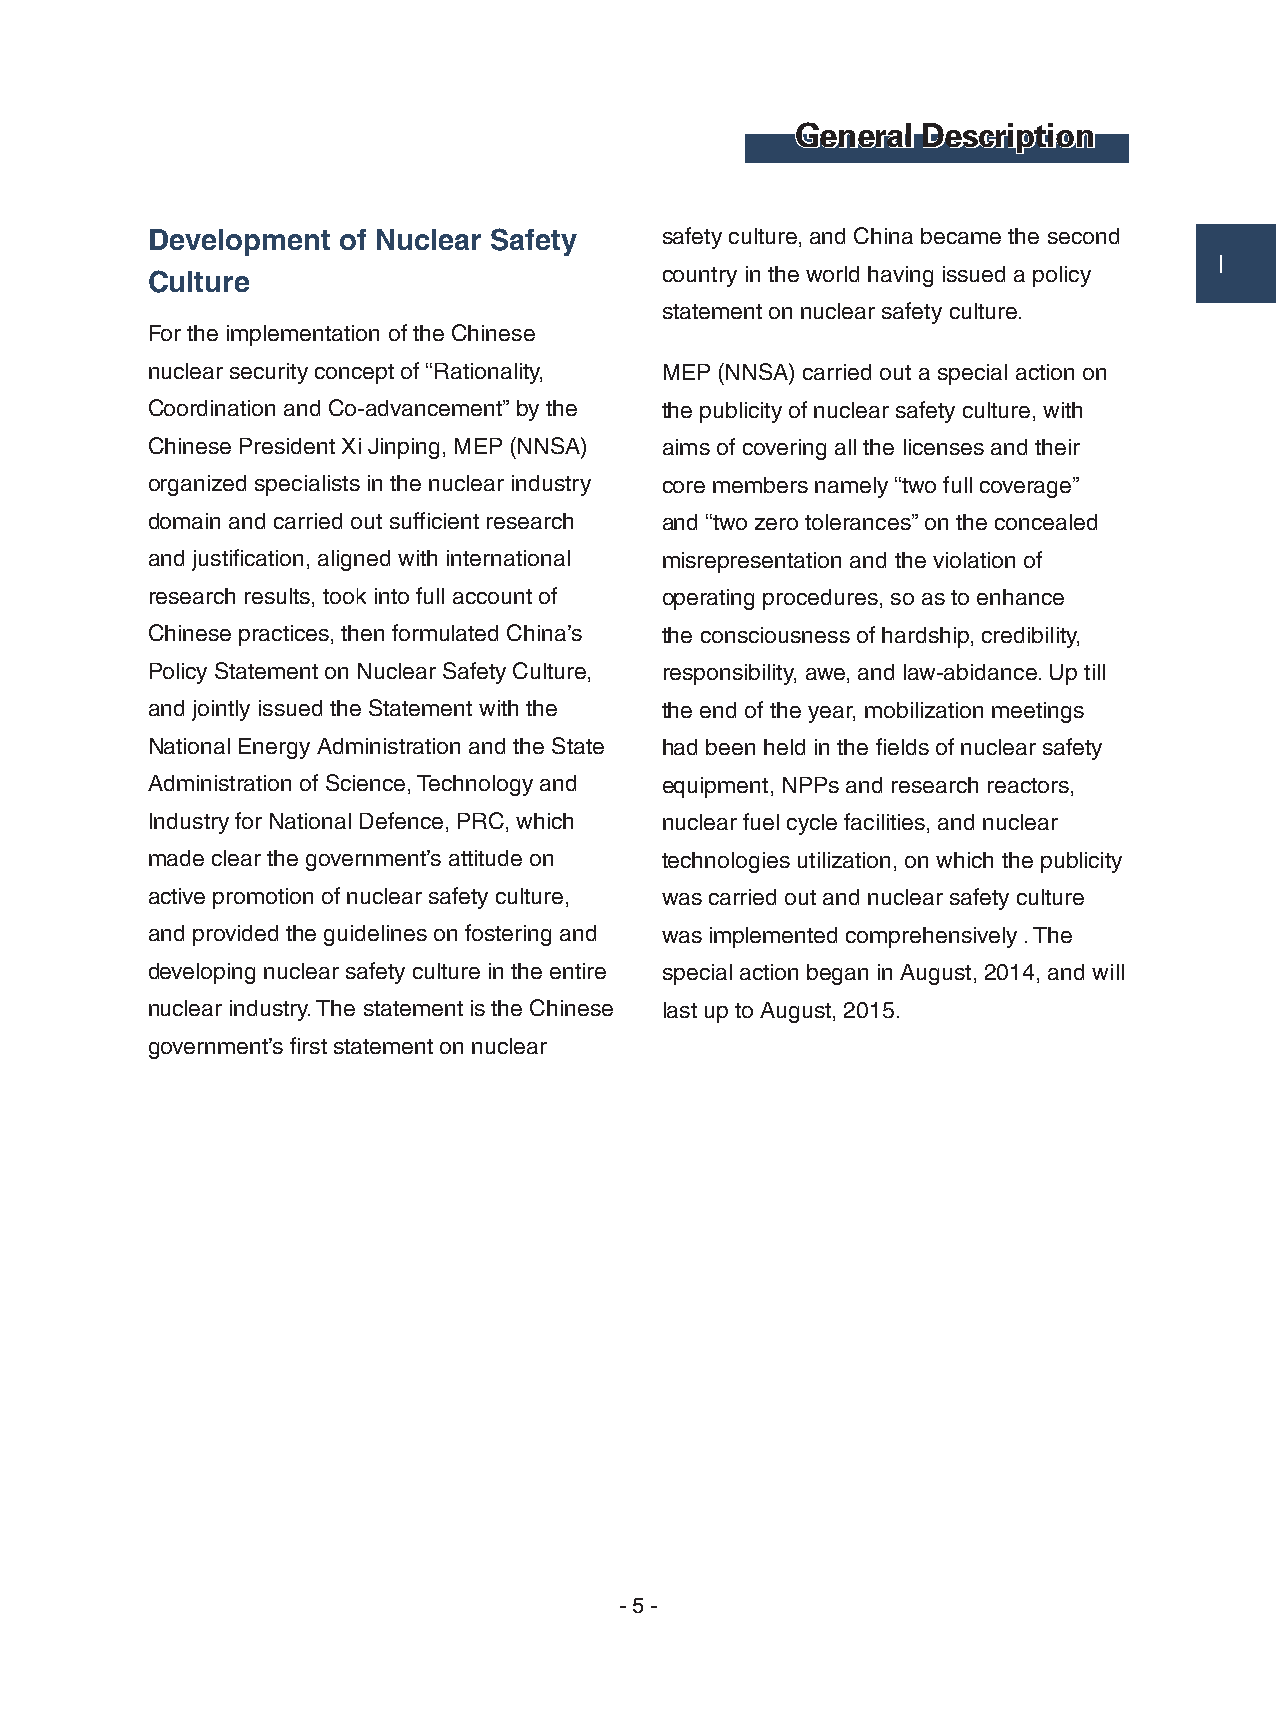
General Description
 Development of Nuclear Safety     safety culture, and China became the second
 Ⅰ
 Culture                           country in the world having issued a policy
 statement on nuclear safety culture.
 For the implementation of the Chinese
 nuclear security concept of “Rationality, MEP (NNSA) carried out a special action on
 Coordination and Co-advancement” by the the publicity of nuclear safety culture, with
 Chinese President Xi Jinping, MEP (NNSA) aims of covering all the licenses and their
 organized specialists in the nuclear industry core members namely “two full coverage”
 domain and carried out sufficient research and “two zero tolerances” on the concealed
 and justification, aligned with international misrepresentation and the violation of
 research results, took into full account of operating procedures, so as to enhance
 Chinese practices, then formulated China’s the consciousness of hardship, credibility,
 Policy Statement on Nuclear Safety Culture, responsibility, awe, and law-abidance. Up till
 and jointly issued the Statement with the the end of the year, mobilization meetings
 National Energy Administration and the State had been held in the fields of nuclear safety
 Administration of Science, Technology and equipment, NPPs and research reactors,
 Industry for National Defence, PRC, which nuclear fuel cycle facilities, and nuclear
 made clear the government’s attitude on technologies utilization, on which the publicity
 active promotion of nuclear safety culture, was carried out and nuclear safety culture
 and provided the guidelines on fostering and was implemented comprehensively . The
 developing nuclear safety culture in the entire special action began in August, 2014, and will
 nuclear industry. The statement is the Chinese last up to August, 2015.
 government’s first statement on nuclear
 - 5 -